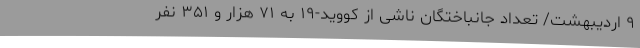
۹ اردیبهشت/ تعداد جانباختگان ناشی از کووید-۱۹ به ۷۱ هزار و ۳۵۱ نفر